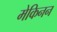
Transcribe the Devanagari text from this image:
मेकिनन